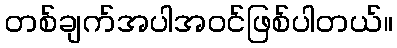
တစ်ချက်အပါအဝင်ဖြစ်ပါတယ်။